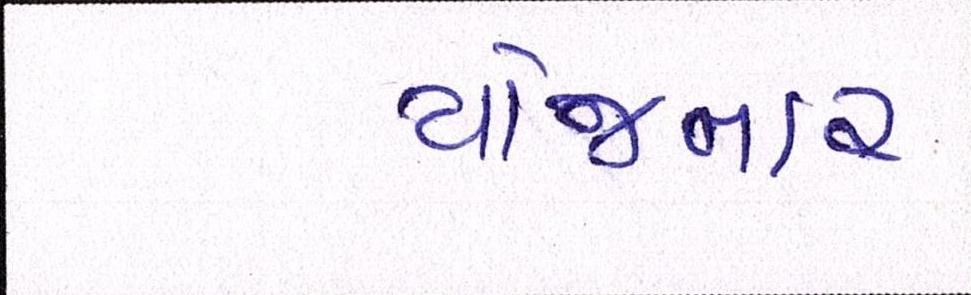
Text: યોજનાર